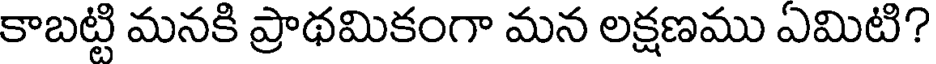
కాబట్టి మనకి ప్రాథమికంగా మన లక్షణము ఎమిటి?